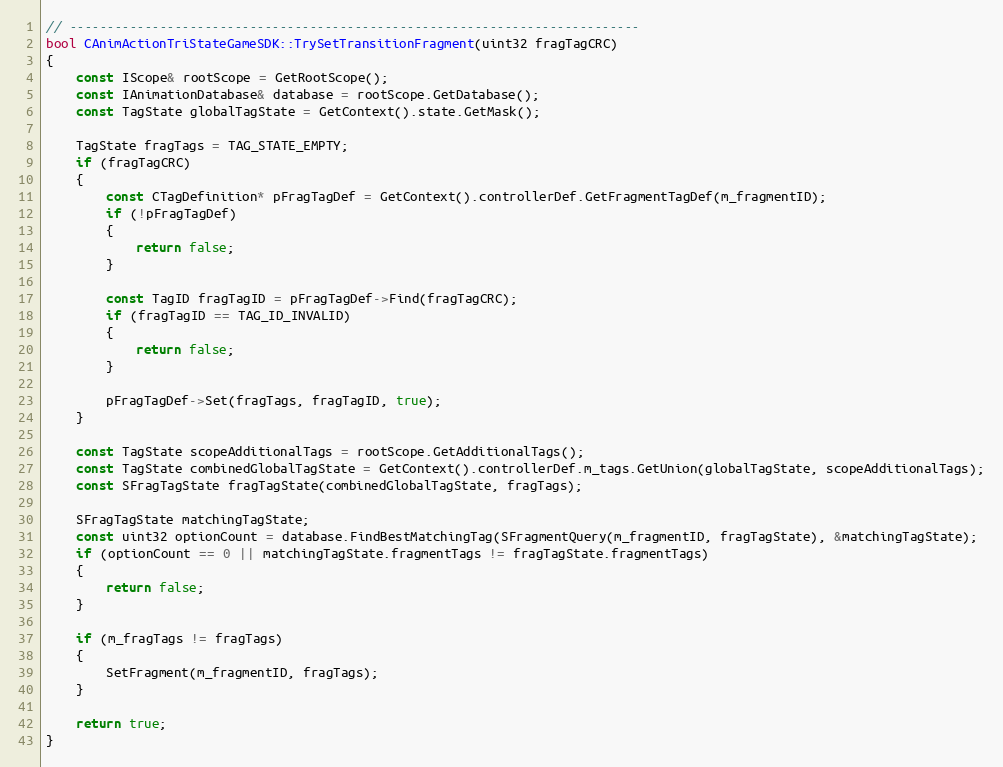
Language: C++
// ----------------------------------------------------------------------------
bool CAnimActionTriStateGameSDK::TrySetTransitionFragment(uint32 fragTagCRC)
{
	const IScope& rootScope = GetRootScope();
	const IAnimationDatabase& database = rootScope.GetDatabase();
	const TagState globalTagState = GetContext().state.GetMask();

	TagState fragTags = TAG_STATE_EMPTY;
	if (fragTagCRC)
	{
		const CTagDefinition* pFragTagDef = GetContext().controllerDef.GetFragmentTagDef(m_fragmentID);
		if (!pFragTagDef)
		{
			return false;
		}

		const TagID fragTagID = pFragTagDef->Find(fragTagCRC);
		if (fragTagID == TAG_ID_INVALID)
		{
			return false;
		}

		pFragTagDef->Set(fragTags, fragTagID, true);
	}

	const TagState scopeAdditionalTags = rootScope.GetAdditionalTags();
	const TagState combinedGlobalTagState = GetContext().controllerDef.m_tags.GetUnion(globalTagState, scopeAdditionalTags);
	const SFragTagState fragTagState(combinedGlobalTagState, fragTags);

	SFragTagState matchingTagState;
	const uint32 optionCount = database.FindBestMatchingTag(SFragmentQuery(m_fragmentID, fragTagState), &matchingTagState);
	if (optionCount == 0 || matchingTagState.fragmentTags != fragTagState.fragmentTags)
	{
		return false;
	}

	if (m_fragTags != fragTags)
	{
		SetFragment(m_fragmentID, fragTags);
	}

	return true;
}